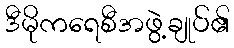
ဒီမိုကရေစီအဖွဲ့ချုပ်၏